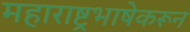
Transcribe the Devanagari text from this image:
महाराष्ट्रभाषेकरून